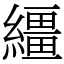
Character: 繮